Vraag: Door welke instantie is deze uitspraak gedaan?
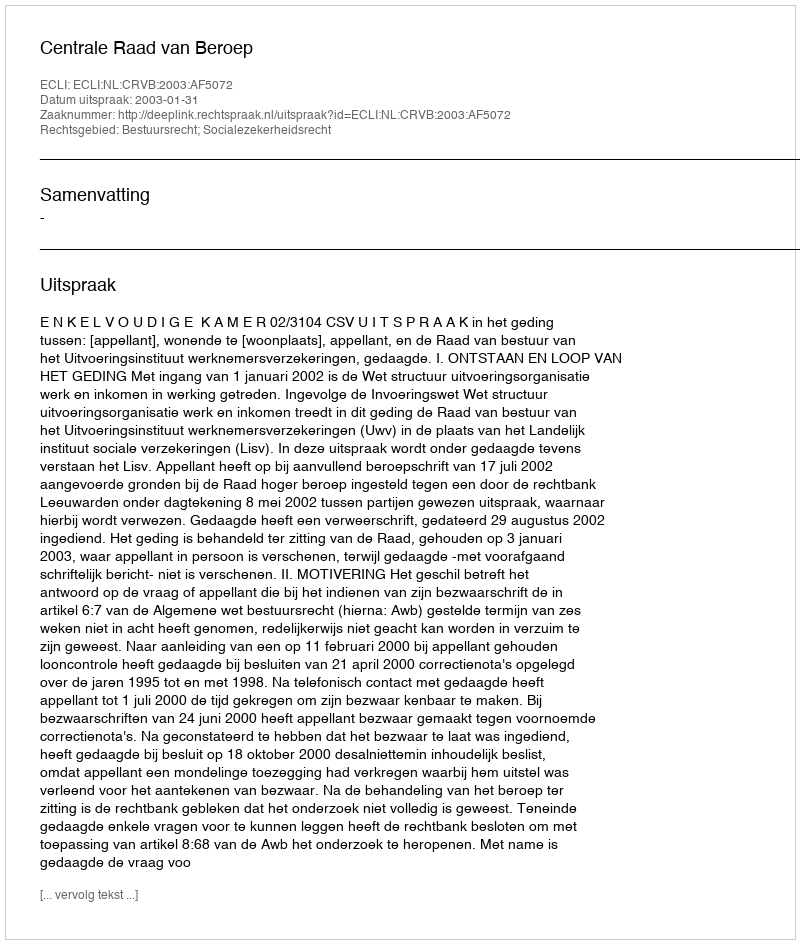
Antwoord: Centrale Raad van Beroep